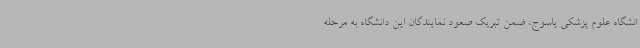
انشگاه علوم پزشکی یاسوج، ضمن تبریک صعود نمایندگان این دانشگاه به مرحله